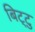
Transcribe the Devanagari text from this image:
बिट्टु